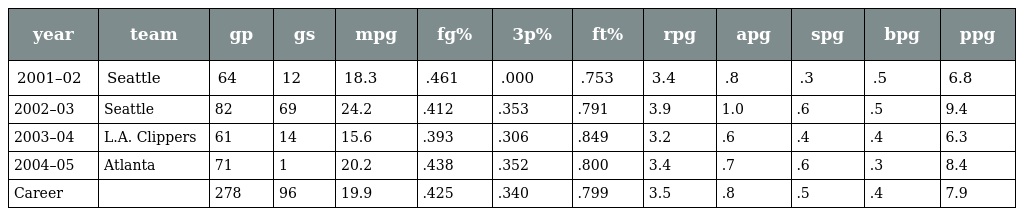
| year | team | gp | gs | mpg | fg% | 3p% | ft% | rpg | apg | spg | bpg | ppg |
 | --- | --- | --- | --- | --- | --- | --- | --- | --- | --- | --- | --- | --- |
 | 2001–02 | Seattle | 64 | 12 | 18.3 | .461 | .000 | .753 | 3.4 | .8 | .3 | .5 | 6.8 |
 | 2002–03 | Seattle | 82 | 69 | 24.2 | .412 | .353 | .791 | 3.9 | 1.0 | .6 | .5 | 9.4 |
 | 2003–04 | L.A. Clippers | 61 | 14 | 15.6 | .393 | .306 | .849 | 3.2 | .6 | .4 | .4 | 6.3 |
 | 2004–05 | Atlanta | 71 | 1 | 20.2 | .438 | .352 | .800 | 3.4 | .7 | .6 | .3 | 8.4 |
 | Career |  | 278 | 96 | 19.9 | .425 | .340 | .799 | 3.5 | .8 | .5 | .4 | 7.9 |